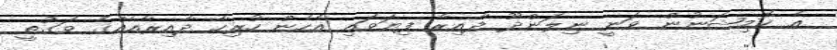
އެ ކޮމިޝަނުން ވަނީ ނިލަންދޫ ދާއިރާ ފިޔަވައި އެހެން ހުރިހާ ދާއިރާއެއްގެ ވަގުތީ